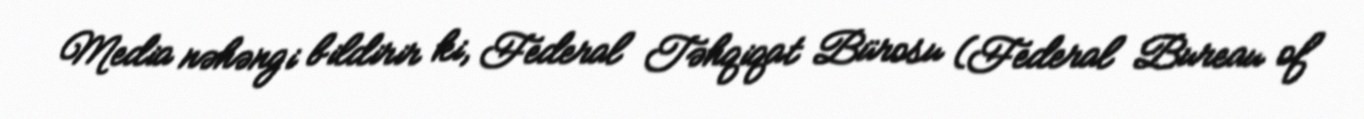
Media nəhəngi bildirir ki, Federal Təhqiqat Bürosu (Federal Bureau of